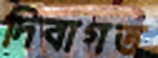
দিবাগত